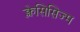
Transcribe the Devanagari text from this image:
क्लेसिसिज्म